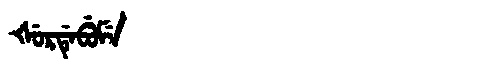
Manchu: ᡧᡠᡵᡩᡝᠪᡠᠮᡝ
Romanization: ŠURDEBUME